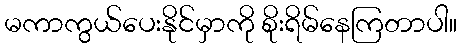
မကာကွယ်ပေးနိုင်မှာကို စိုးရိမ်နေကြတာပါ။